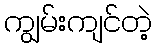
ကျွမ်းကျင်တဲ့